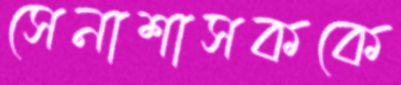
সেনাশাসককে